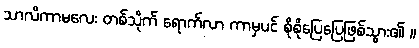
သာလိကာမလေး တစ်သိုက် ရောက်လာ ကာမှပင် စိုစိုပြေပြေဖြစ်သွား၏ ။